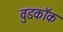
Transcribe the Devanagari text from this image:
वुडकॉक